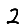
Digit: 2